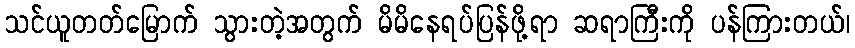
သင်ယူတတ်မြောက် သွားတဲ့အတွက် မိမိနေရပ်ပြန်ဖို့ရာ ဆရာကြီးကို ပန်ကြားတယ်၊